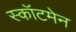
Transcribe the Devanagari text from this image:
स्कॉटमेन